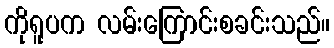
ကိုရူပက လမ်းကြောင်းစခင်းသည်။